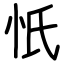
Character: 忯